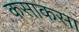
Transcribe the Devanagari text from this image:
कसाकसा